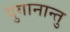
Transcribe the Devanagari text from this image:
युगानान्तु